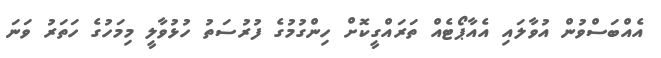
އެއްބަސްވުން އުވާލައި އެއާޕޯޓެއް ތަރައްގީކޮށް ހިންގުމުގެ ފުރުސަތު ހުޅުވާލީ މިމަހުގެ ހަތަރު ވަނަ